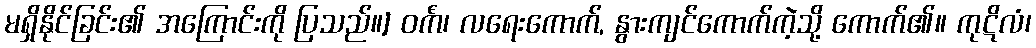
မရှိနိုင်ခြင်း၏ အကြောင်းကို ပြသည်။] ဝင်္ကံ၊ လရေးကောက်, နွားကျင်ကောက်ကဲ့သို့ ကောက်၏။ ကုဋိလံ၊